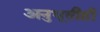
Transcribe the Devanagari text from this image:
अनुभूतीही